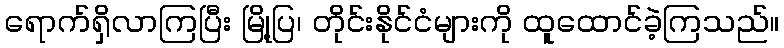
ရောက်ရှိလာကြပြီး မြို့ပြ၊ တိုင်းနိုင်ငံများကို ထူထောင်ခဲ့ကြသည်။